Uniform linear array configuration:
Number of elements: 32
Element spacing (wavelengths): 0.5
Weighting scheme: cosine
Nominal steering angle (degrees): -45
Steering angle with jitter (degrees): -43.875
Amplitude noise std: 0.05
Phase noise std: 0.05

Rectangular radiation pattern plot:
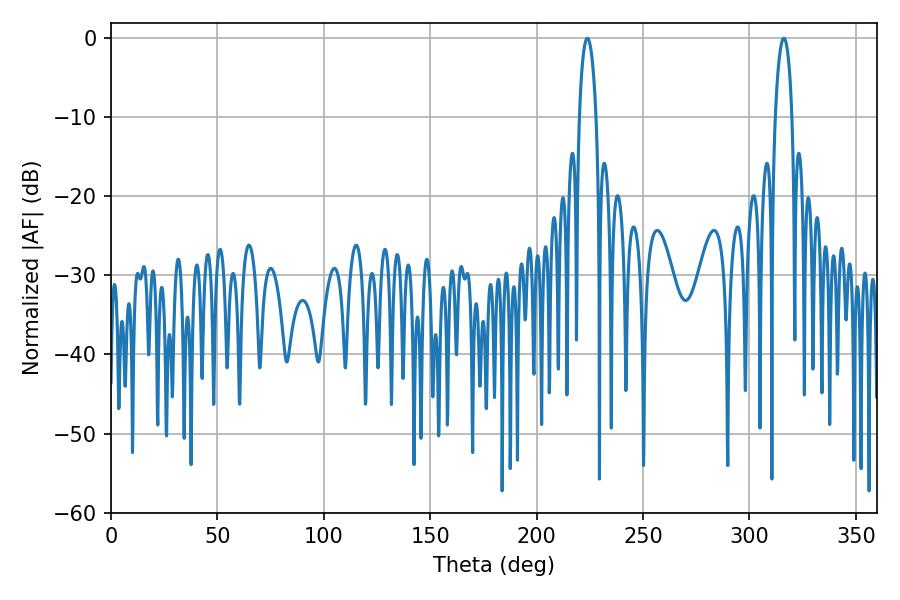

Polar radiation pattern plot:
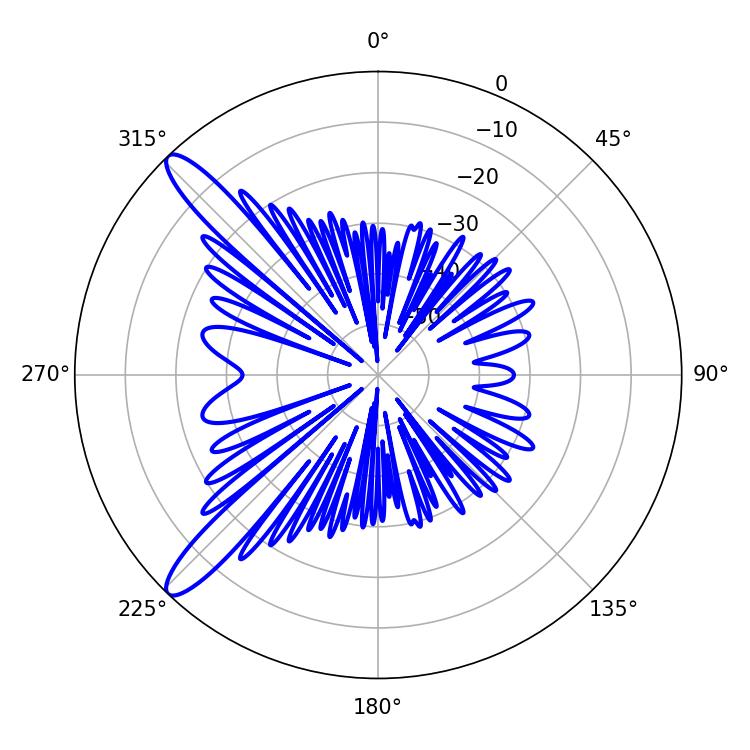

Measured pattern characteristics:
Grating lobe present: FALSE
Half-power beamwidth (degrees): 4.5
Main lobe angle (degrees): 316.08